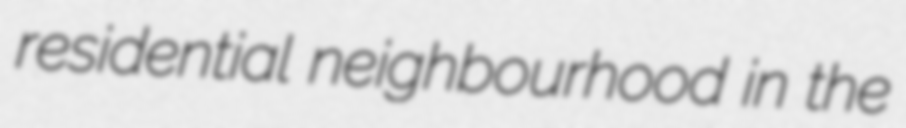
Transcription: residential neighbourhood in the